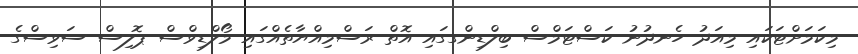
މިކަމަށްޓަކައި މިއަދު ހެނދުނު ކަސްޓަމްސް ބިލްޑިންގގައި އޮތް ރަސްމިއްޔާތެއްގައި މޯލްޑިވްސް ޕޮލިސް ސަވިސްގެ